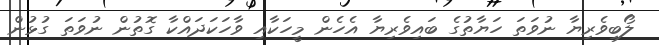
ލޯބިވެރިޔާ ނުވަތަ ހަޔާތުގެ ބައިވެރިޔާ އެހެން މީހަކާއި ވާހަކަދައްކާ ގޮތުން ނުވަތަ ގުޅުން